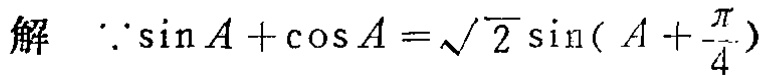
解 \(\because \sin A+\cos A = \sqrt{2}\sin(A + \frac{\pi}{4})\)